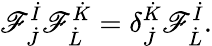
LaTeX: \mathscr{F}_{\dot{{J}}}^{\dot{{I}}}\mathscr{F}_{\dot{{L}}}^{\dot{{K}}}=\delta_{\dot{{J}}}^{\dot{{K}}}\mathscr{F}_{\dot{{L}}}^{\dot{{I}}}.